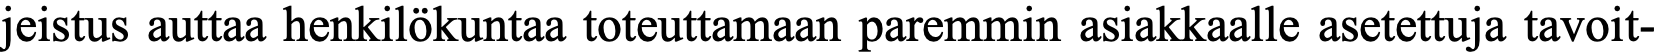
jeistus auttaa henkilökuntaa toteuttamaan paremmin asiakkaalle asetettuja tavoit-